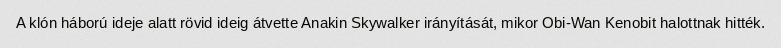
A klón háború ideje alatt rövid ideig átvette Anakin Skywalker irányítását, mikor Obi-Wan Kenobit halottnak hitték.